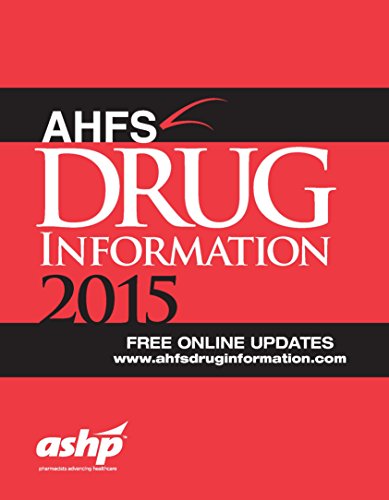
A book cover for AHFS 2015 (Ahfs Drug Information); American Society of Health-System Pharmacists; Medical Books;